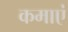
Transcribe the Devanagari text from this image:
कमाएं